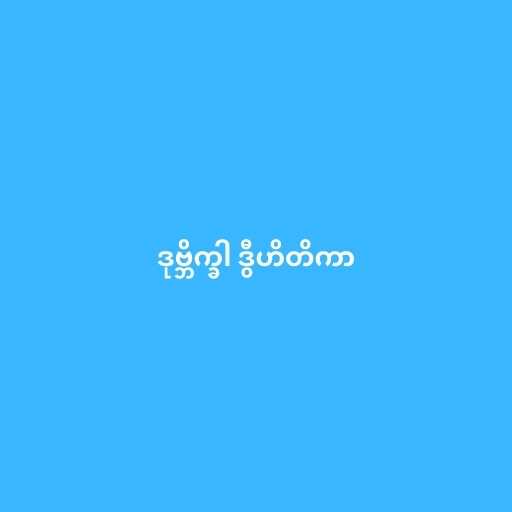
ဒုဗ္ဘိက္ခါ ဒွီဟိတိကာ